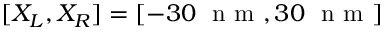
[ X _ { L } , X _ { R } ] = [ - 3 0 ~ \mathrm { ~ n ~ m ~ } , 3 0 ~ \mathrm { ~ n ~ m ~ } ]